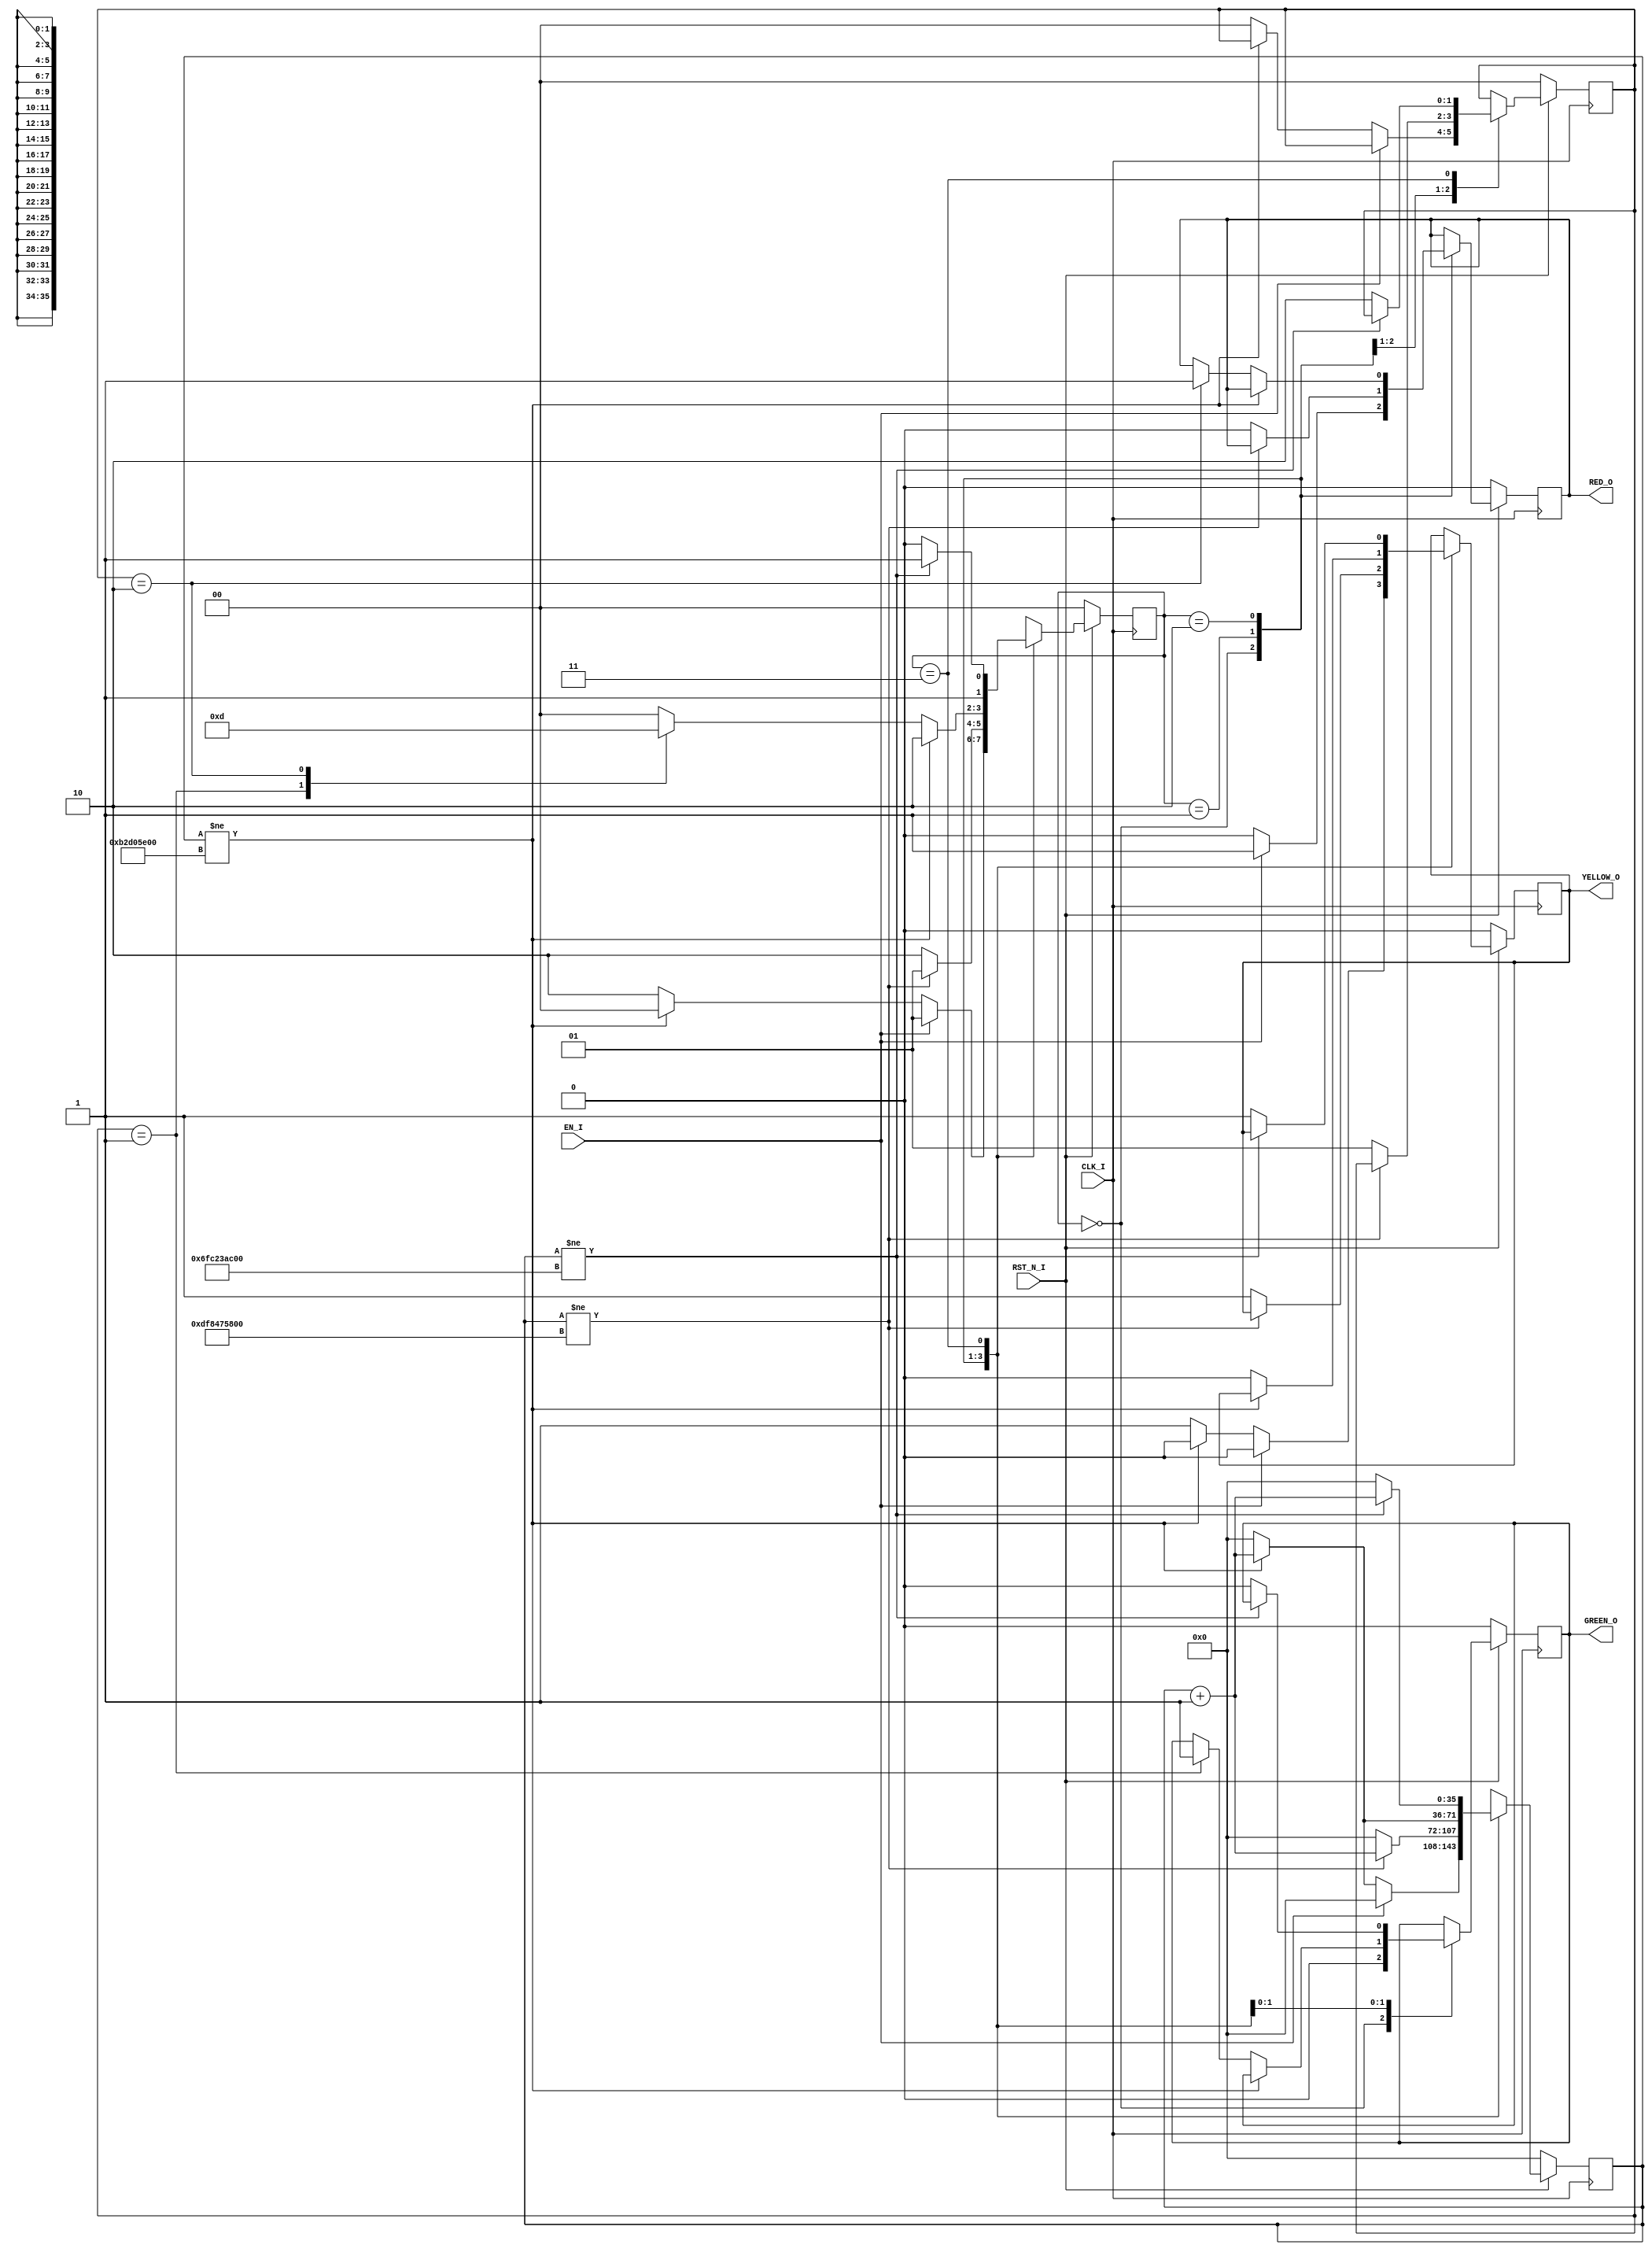
`timescale 1ns / 1ps
//////////////////////////////////////////////////////////////////////////////////
// Company: 
// Engineer: 
// 
// Design Name: 
// Module Name: traffic_light_controller
// Project Name: 
// Target Devices: 
// Tool Versions: 
// Description: 
// 
// Dependencies: 
// 
// Revision:
// Revision 0.01 - File Created
// Additional Comments:
// 
//////////////////////////////////////////////////////////////////////////////////


module traffic_light_controller(  input               CLK_I                         ,
                                  input               RST_N_I                       ,
                                  input               EN_I                          ,
                                  output              RED_O                         ,
                                  output              YELLOW_O                      ,
                                  output              GREEN_O                      );

//_________________________________________ REGISTER DECLARATION ____________________________________//
reg   [1:0]                       traf_light_state_mch                              ;
reg   [1:0]                       direction_r                                       ;
reg   [35:0]                      counter_r                                         ;
reg                               red_r                                             ;
reg                               yellow_r                                          ;
reg                               green_r                                           ;
//_________________________________________ CONSTANT DECLARATION ____________________________________//
localparam                        IDLE_S              = 2'b00                       ,
                                  RED_S               = 2'b01                       ,
                                  YELLOW_S            = 2'b10                       ,
                                  GREEN_S             = 2'b11                       ;

localparam                        RED_DURATION_C      = 36'd60000000000             , // 60 seconds
                                  YELLOW_DURATION_C   = 36'd3000000000              , //  3 seconds
                                  GREEN_DURATION_C    = 36'd30000000000             ; // 30 seconds                     
//_________________________________________ WIRE DECLARATION ________________________________________//


//_________________________________________ ASYNC ASSIGNMENTS ________________________________________//

assign                            RED_O               = red_r                       ;
assign                            YELLOW_O            = yellow_r                    ;
assign                            GREEN_O             = green_r                     ;

//_________________________________________ MAIN LOGIC _______________________________________________//

always @(posedge CLK_I) begin
  if(!RST_N_I) begin
    direction_r                                       <= 0                          ;
    red_r                                             <= 0                          ;
    yellow_r                                          <= 0                          ;
    green_r                                           <= 0                          ;
    counter_r                                         <= 36'd0                      ;
    traf_light_state_mch                              <= IDLE_S                     ;
  end
  else begin
    case(traf_light_state_mch)

    IDLE_S : begin
      if(EN_I) begin
        counter_r                                     <= 0                          ;
        red_r                                         <= 1                          ;
        yellow_r                                      <= 0                          ;
        green_r                                       <= 0                          ;
        traf_light_state_mch                          <= RED_S                      ;
      end
      else begin
        if(counter_r != YELLOW_DURATION_C) begin
          counter_r                                   <= counter_r + 1              ;
          red_r                                       <= 0                          ;
          yellow_r                                    <= 0                          ;
          green_r                                     <= 0                          ;
          traf_light_state_mch                        <= IDLE_S                     ;
        end
        else begin
          red_r                                       <= 0                          ;
          yellow_r                                    <= 1                          ;
          green_r                                     <= 0                          ;
          counter_r                                   <= 0                          ;
          direction_r                                 <= 0                          ;
          traf_light_state_mch                        <= YELLOW_S                   ;
        end
      end
    end

    RED_S : begin
      if(counter_r != RED_DURATION_C) begin
        counter_r                                     <= counter_r + 1              ;
        traf_light_state_mch                          <= RED_S                      ;
      end
      else begin
        counter_r                                     <= 0                          ;
        red_r                                         <= 0                          ;
        yellow_r                                      <= 1                          ;
        direction_r                                   <= 1                          ;
        traf_light_state_mch                          <= YELLOW_S                   ;
      end
    end

    YELLOW_S : begin
      if(counter_r != YELLOW_DURATION_C) begin
        counter_r                                     <= counter_r + 1              ;
        traf_light_state_mch                          <= YELLOW_S                   ;
      end
      else begin
        counter_r                                     <= 0                          ;
        yellow_r                                      <= 0                          ;
        case(direction_r)

        0 : begin
          traf_light_state_mch                        <= IDLE_S                     ;
        end

        1 : begin
          green_r                                     <= 1                          ;
          traf_light_state_mch                        <= GREEN_S                    ;
        end

        2 : begin
          red_r                                       <= 1                          ;
          traf_light_state_mch                        <= RED_S                      ;
        end

        default : traf_light_state_mch                <= IDLE_S                     ;
        endcase
      end
    end

    GREEN_S : begin
      if(counter_r != GREEN_DURATION_C) begin
        counter_r                                     <= counter_r + 1              ;
        traf_light_state_mch                          <= GREEN_S                    ;
      end
      else begin
        counter_r                                     <= 0                          ;
        green_r                                       <= 0                          ;
        direction_r                                   <= 2                          ;
        yellow_r                                      <= 1                          ;
        traf_light_state_mch                          <= YELLOW_S                   ;
      end
    end

    default : traf_light_state_mch                    <= IDLE_S                     ;
    endcase
  end  
end

endmodule